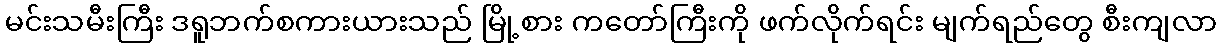
မင်းသမီးကြီး ဒရူဘက်စကားယားသည် မြို့စား ကတော်ကြီးကို ဖက်လိုက်ရင်း မျက်ရည်တွေ စီးကျလာ